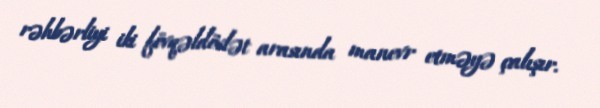
rəhbərliyi iki fövqəldövlət arasında manevr etməyə çalışır.